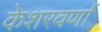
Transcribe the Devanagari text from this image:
केशरवर्णा